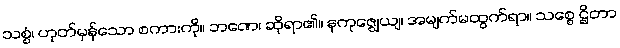
သစ္စံ၊ ဟုတ်မှန်သော စကားကို။ ဘဏေ၊ ဆိုရာ၏။ နကုဇ္ဈေယျ၊ အမျက်မထွက်ရာ။ သစ္စေ ဌိတာ